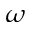
\omega